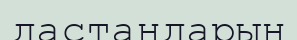
дастандарын